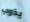
يذوب